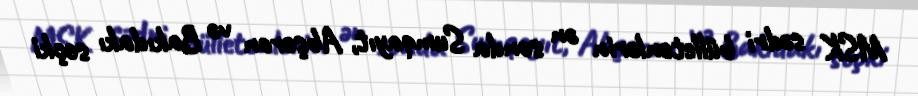
MSK sədri bülletenlərin ən sonda Sumqayıt, Abşeron və Bakıdakı seçki